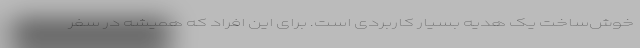
خوش‌ساخت یک هدیه بسیار کاربردی است. برای این افراد که همیشه در سفر